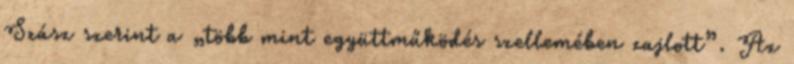
Szász szerint a „több mint együttműködés szellemében zajlott”. Az